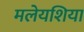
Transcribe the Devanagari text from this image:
मलेयशिया